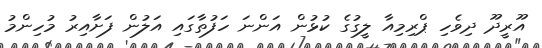
އޫރީދޫ ދިވެހި ޕްރިމިއާ ލީގުގެ ކުޅުން އަންނަ ހަފުތާގައި އަލުން ފަށާއިރު މުހިންމު